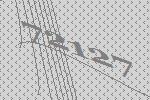
72127